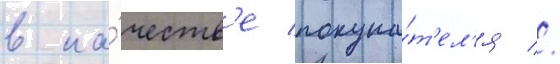
в ка́честв'е покупа́т'ел'я //